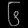
Digit: ၆